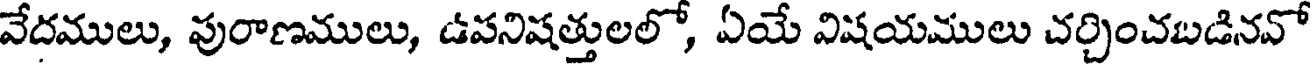
వేదములు, పురాణములు, ఉపనిషత్తులలో, ఏయే విషయములు చర్చించబడినవో